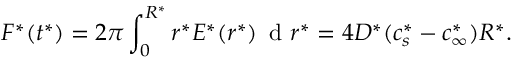
F ^ { * } ( t ^ { * } ) = 2 \pi \int _ { 0 } ^ { R ^ { * } } r ^ { * } E ^ { * } ( r ^ { * } ) \, \mathrm { ~ d ~ } r ^ { * } = 4 D ^ { * } ( c _ { s } ^ { * } - c _ { \infty } ^ { * } ) R ^ { * } .